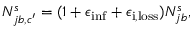
N _ { j b , c ^ { \prime } } ^ { s } = ( 1 + \epsilon _ { \mathrm { i n f } } + \epsilon _ { \mathrm { i , l o s s } } ) N _ { j b } ^ { s } ,